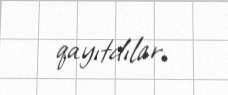
qayıtdılar.